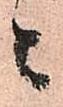
ニ